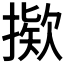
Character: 𫽸